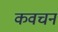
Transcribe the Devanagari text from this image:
कवचन